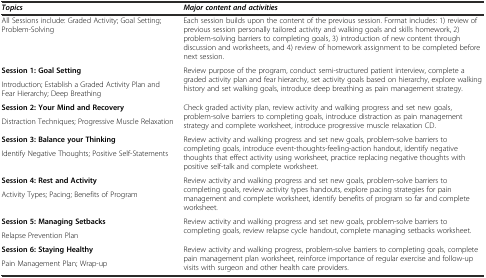
<table><thead><tr><td><b><i>Topics</i></b></td><td><b><i>Major content and activities</i></b></td></tr></thead><tbody><tr><td>All Sessions include: Graded Activity; Goal Setting; Problem-Solving</td><td>Each session builds upon the content of the previous session. Format includes: 1) review of previous session personally tailored activity and walking goals and skills homework, 2) problem-solving barriers to completing goals, 3) introduction of new content through discussion and worksheets, and 4) review of homework assignment to be completed before next session.</td></tr><tr><td><b>Session 1:</b><b>Goal Setting</b></td><td rowspan="2">Review purpose of the program, conduct semi-structured patient interview, complete a graded activity plan and fear hierarchy, set activity goals based on hierarchy, explore walking history and set walking goals, introduce deep breathing as pain management strategy.</td></tr><tr><td>Introduction; Establish a Graded Activity Plan and Fear Hierarchy; Deep Breathing</td></tr><tr><td><b>Session 2:</b><b>Your Mind and Recovery</b></td><td rowspan="2">Check graded activity plan, review activity and walking progress and set new goals, problem-solve barriers to completing goals, introduce distraction as pain management strategy and complete worksheet, introduce progressive muscle relaxation CD.</td></tr><tr><td>Distraction Techniques; Progressive Muscle Relaxation</td></tr><tr><td><b>Session 3:</b><b>Balance your Thinking</b></td><td rowspan="2">Review activity and walking progress and set new goals, problem-solve barriers to completing goals, introduce event-thoughts-feeling-action handout, identify negative thoughts that effect activity using worksheet, practice replacing negative thoughts with positive self-talk and complete worksheet.</td></tr><tr><td>Identify Negative Thoughts; Positive Self-Statements</td></tr><tr><td><b>Session 4:</b><b>Rest and Activity</b></td><td rowspan="2">Review activity and walking progress and set new goals, problem-solve barriers to completing goals, review activity types handouts, explore pacing strategies for pain management and complete worksheet, identify benefits of program so far and complete worksheet.</td></tr><tr><td>Activity Types; Pacing; Benefits of Program</td></tr><tr><td><b>Session 5:</b><b>Managing Setbacks</b></td><td rowspan="2">Review activity and walking progress and set new goals, problem-solve barriers to completing goals, review relapse cycle handout, complete managing setbacks worksheet.</td></tr><tr><td>Relapse Prevention Plan</td></tr><tr><td><b>Session 6:</b><b>Staying Healthy</b></td><td rowspan="2">Review activity and walking progress, problem-solve barriers to completing goals, complete pain management plan worksheet, reinforce importance of regular exercise and follow-up visits with surgeon and other health care providers.</td></tr><tr><td>Pain Management Plan; Wrap-up</td></tr></tbody></table>